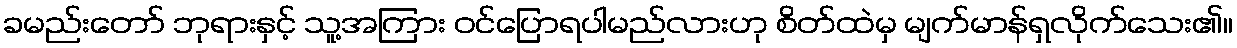
ခမည်းတော် ဘုရားနှင့် သူ့အကြား ဝင်ပြောရပါမည်လားဟု စိတ်ထဲမှ မျက်မာန်ရှလိုက်သေး၏။